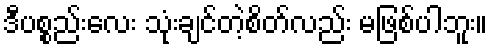
ဒီပစ္စည်းလေး သုံးချင်တဲ့စိတ်လည်း မဖြစ်ပါဘူး။